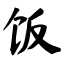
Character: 饭